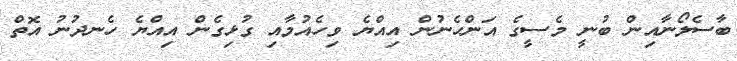
ބާސެލޯނާއިން ބުނީ މެސީގެ އަންހެނުން އިއްޔެ ވިހެއުމާއި ގުޅިގެން އިއްޔެ ހެނދުނު އޮތް